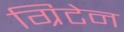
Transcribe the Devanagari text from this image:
ग्रिटेन